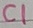
Text: C1